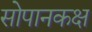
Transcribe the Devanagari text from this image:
सोपानकक्ष